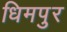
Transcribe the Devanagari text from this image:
धिमपुर